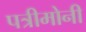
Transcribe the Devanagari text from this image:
पत्रीमोनी